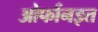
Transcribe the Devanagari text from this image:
ओर्फानइत